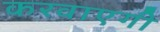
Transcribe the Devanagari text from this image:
करवाएगी